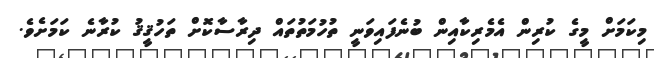
މިކަމަށް މީގެ ކުރިން އެމެރިކާއިން ބުނެފައިވަނީ ތުހުމަތުތައް ދިރާސާކޮށް ތަހުޤީޤު ކުރާނެ ކަމަށެވެ.